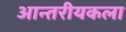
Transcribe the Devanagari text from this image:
आन्तरीयकला